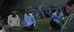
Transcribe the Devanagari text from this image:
बैरिये